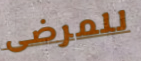
للمرضى